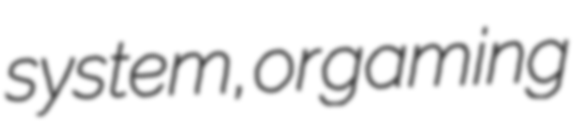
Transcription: system, or gaming